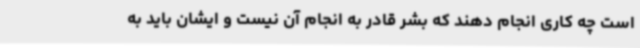
است چه کاری انجام دهند که بشر قادر به انجام آن نیست و ایشان باید به